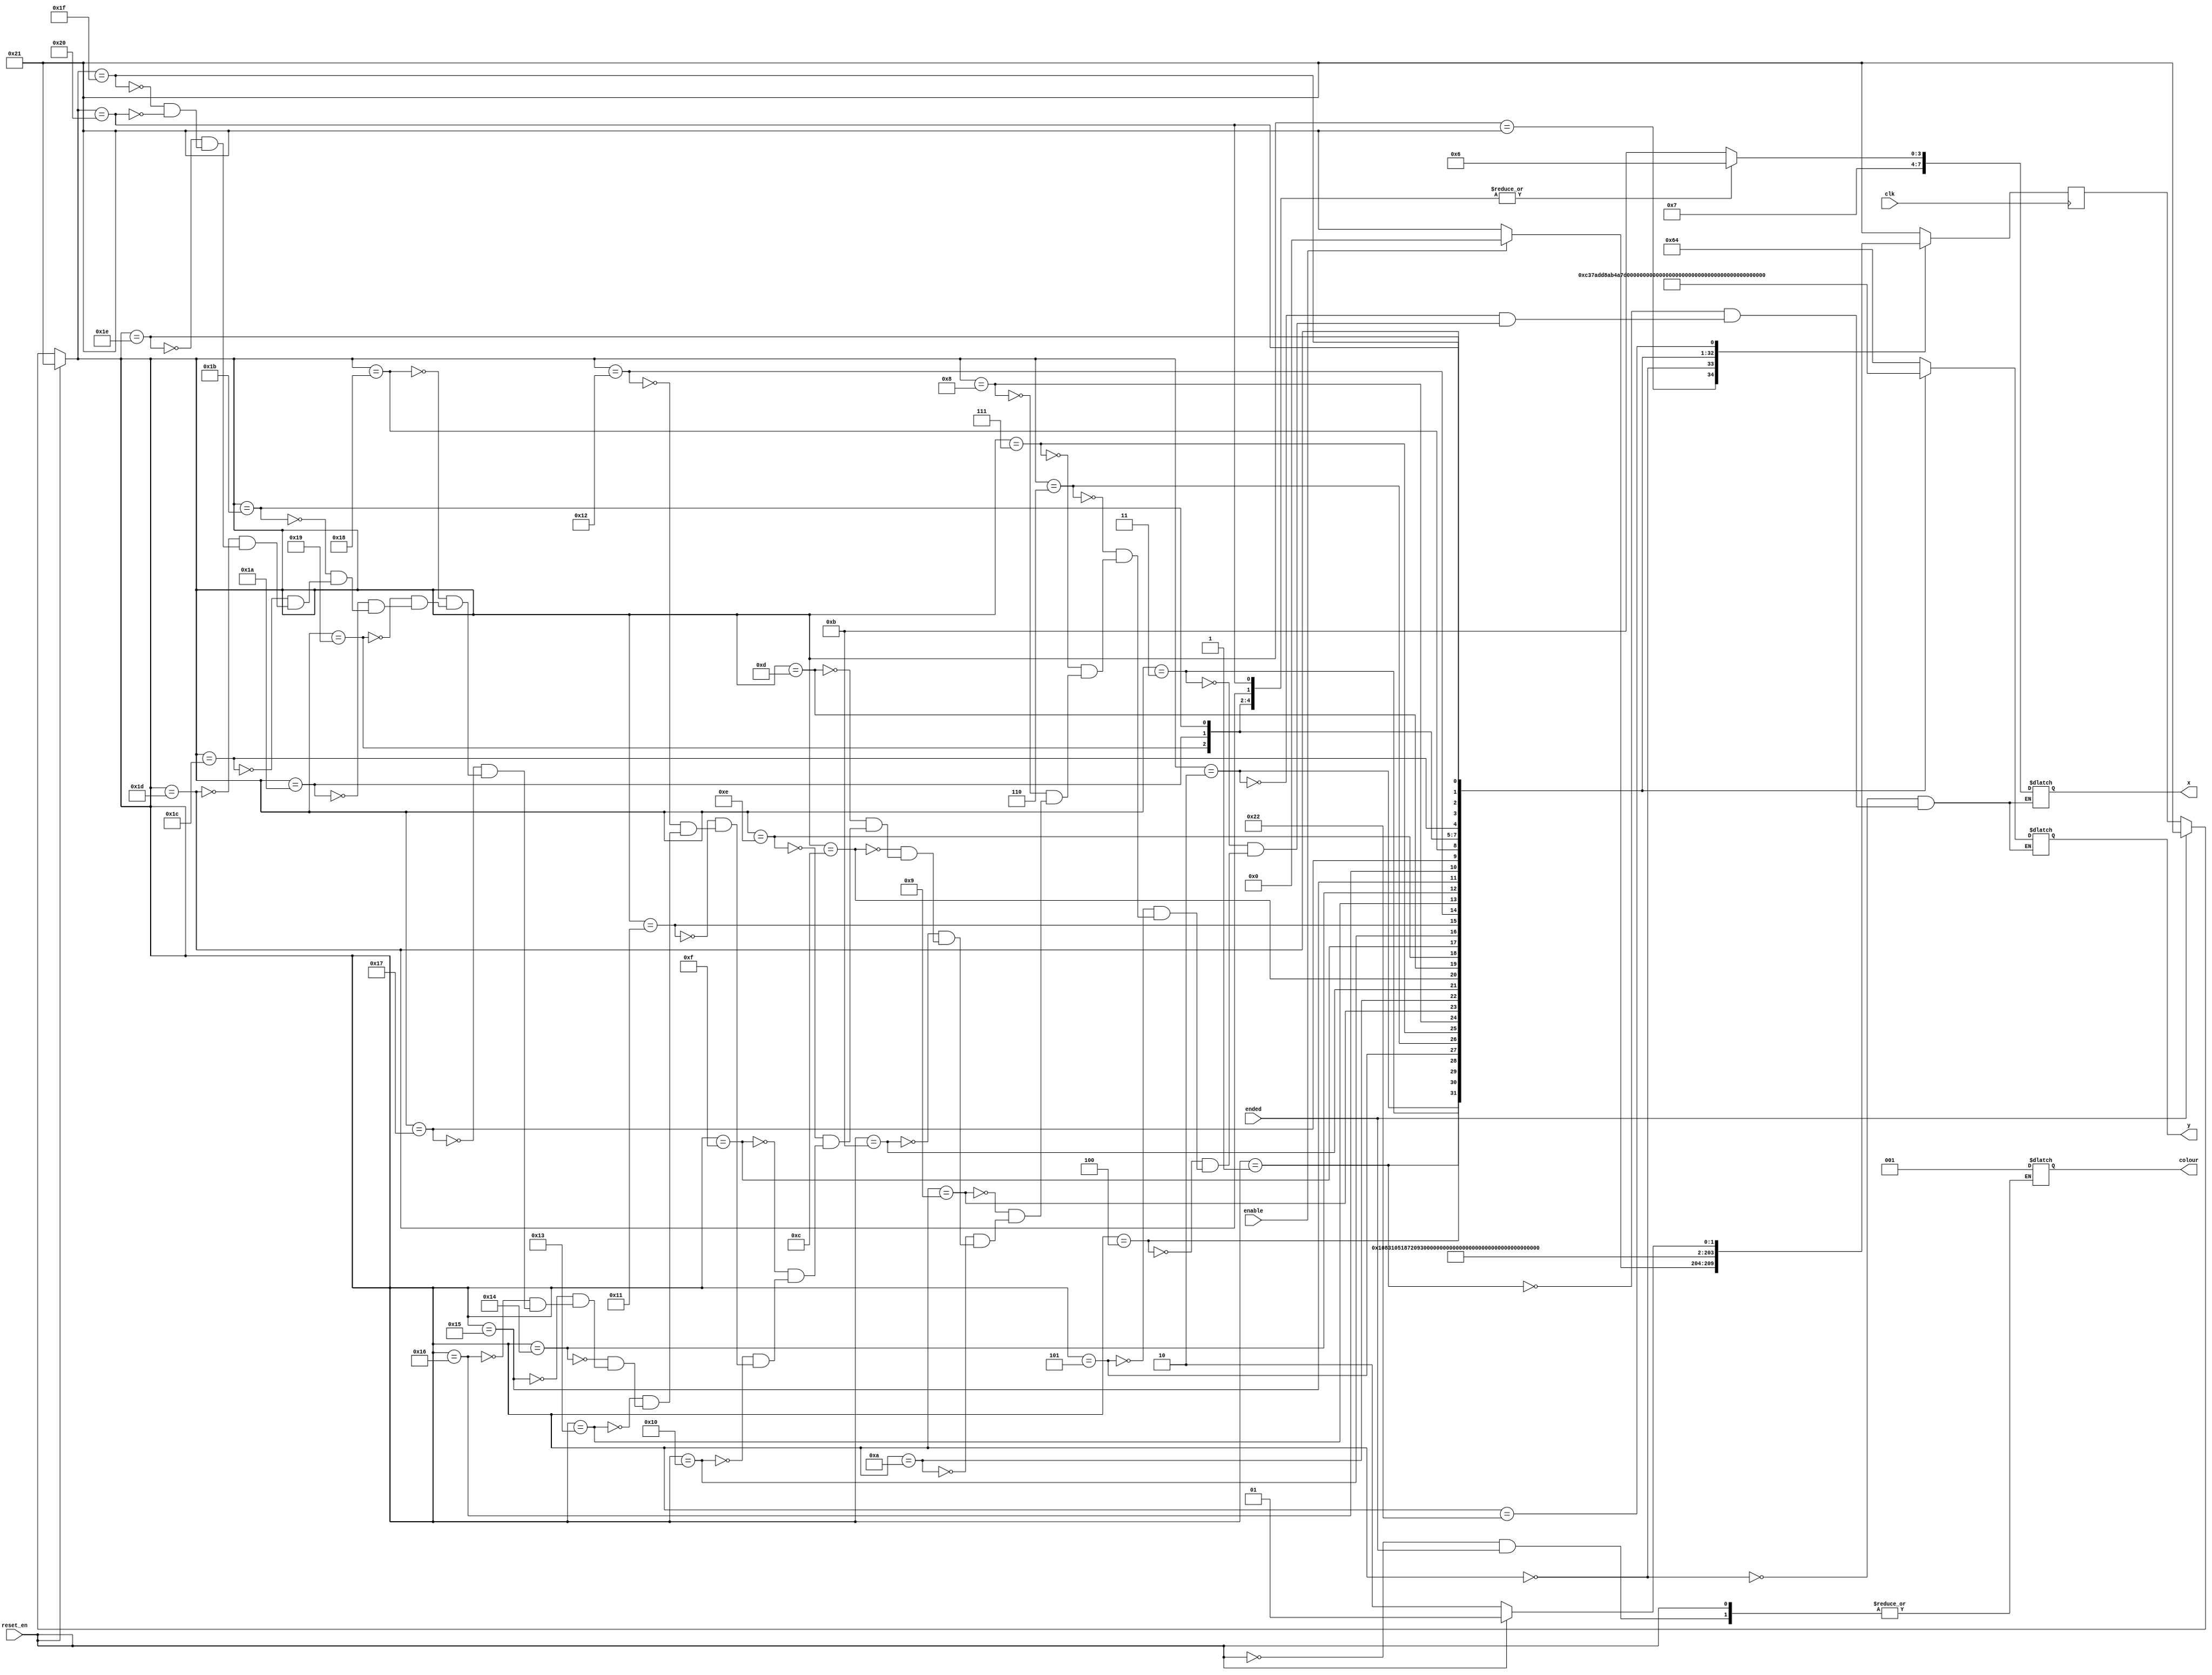
module plot_cpu(
  input clk,  // cpu counter
  input enable,  // check if game started
  input ended,  // whether either cpu or player finished the game
  input reset_en,  // resets to bottom of pole
  output reg [7:0] x,
  output reg [6:0] y,
  output reg [2:0] colour
);

  reg [5:0] curr, next;

  localparam 	D0 = 6'd0,
  D1 = 6'd1,
  D2 = 6'd2,
  D3 = 6'd3,
  D4 = 6'd4,
  D5 = 6'd5,
  D6 = 6'd6,
  D7 = 6'd7,
  D8 = 6'd8,
  D9 = 6'd9,
  D10 = 6'd10,
  D11 = 6'd11,
  D12 = 6'd12,
  D13 = 6'd13,
  D14 = 6'd14,
  D15 = 6'd15,
  D16 = 6'd16,
  D17 = 6'd17,
  D18 = 6'd18,
  D19 = 6'd19,
  D20 = 6'd20,
  D21 = 6'd21,
  D22 = 6'd22,
  D23 = 6'd23,
  D24 = 6'd24,
  D25 = 6'd25,
  D26 = 6'd26,
  D27 = 6'd27,
  D28 = 6'd28,
  D29 = 6'd29,
  D30 = 6'd30,
  D31 = 6'd31,
  D32 = 6'd32,
  WAIT = 6'd33,
  WAIT_RESET = 6'd34;

  always@(posedge clk) begin: state_table
    case(curr)
      WAIT: next = enable ? D0 : WAIT; // stay in wait mode until the game starts and cpu advances
      D0: next = D1;
      D1: next = D2;
      D2: next = D3;
      D3: next = D4;
      D4: next = D5;
      D5: next = D6;
      D6: next = D7;
      D7: next = D8;
      D8: next = D9;
      D9: next = D10;
      D10: next = D11;
      D11: next = D12;
      D12: next = D13;
      D13: next = D14;
      D14: next = D15;
      D15: next = D16;
      D16: next = D17;
      D17: next = D18;
      D18: next = D19;
      D19: next = D20;
      D20: next = D21;
      D21: next = D22;
      D22: next = D23;
      D23: next = D24;
      D24: next = D25;
      D25: next = D26;
      D26: next = D27;
      D27: next = D28;
      D28: next = D29;
      D29: next = D30;
      D30: next = D31;
      D31: next = D32;
      D32: next = WAIT_RESET;
      WAIT_RESET: next = reset_en ? WAIT : WAIT_RESET; // stay here so that it doesn't keep cycling
      default: next = WAIT;
    endcase
  end

  // get the boxes to plot to blue
  always@(*) begin
    case(curr)
      D0: begin // start plotting the boxes from the bottom
        x <= 8'b0111_1011; // 123
        y <= 7'b110_0100; // 100
      end
      D1: begin
        x <= 8'b0111_0110; // 118
        y <= 7'b110_0001; // 97
      end
      D2: begin
        x <= 8'b0111_0110; // 118
        y <= 7'b101_1110; // 94
      end
      D3: begin
        x <= 8'b0111_1011; // 123
        y <= 7'b101_1011; // 91
      end
      D4: begin
        x <= 8'b0111_0110; // 118
        y <= 7'b101_1000; // 88
      end
      D5: begin
        x <= 8'b0111_0110; // 118
        y <= 7'b101_0101; // 85
      end
      D6: begin
        x <= 8'b0111_0110; // 118
        y <= 7'b101_0010; // 82
      end
      D7: begin
        x <= 8'b0111_1011; // 123
        y <= 7'b100_1111; // 79
      end
      D8: begin
        x <= 8'b0111_0110; // 118
        y <= 7'b100_1100; // 76
      end
      D9: begin
        x <= 8'b0111_1011; // 123
        y <= 7'b100_1001; // 73
      end
      D10: begin
        x <= 8'b0111_1011; // 123
        y <= 7'b100_0110; // 70
      end
      D11: begin
        x <= 8'b0111_0110; // 118
        y <= 7'b100_0011; // 67
      end
      D12: begin
        x <= 8'b0111_1011; // 123
        y <= 7'b100_0000; // 64
      end
      D13: begin
        x <= 8'b0111_0110; // 118
        y <= 7'b011_1101; // 61
      end
      D14: begin
        x <= 8'b0111_0110; // 118
        y <= 7'b011_1010; // 58
      end
      D15: begin
        x <= 8'b0111_1011; // 123
        y <= 7'b011_0111; // 55
      end
      D16: begin
        x <= 8'b0111_1011; // 123
        y <= 7'b011_0100; // 52
      end
      D17: begin
        x <= 8'b0111_0110; // 118
        y <= 7'b011_0001; // 49
      end
      D18: begin
        x <= 8'b0111_1011; // 123
        y <= 7'b010_1110; // 46
      end
      D19: begin
        x <= 8'b0111_1011; // 123
        y <= 7'b010_1011; // 43
      end
      D20: begin
        x <= 8'b0111_1011; // 123
        y <= 7'b010_1000; // 40
      end
      D21: begin
        x <= 8'b0111_0110; // 118
        y <= 7'b010_0101; // 37
      end
      D22: begin
        x <= 8'b0111_1011; // 123
        y <= 7'b010_0010; // 34
      end
      D23: begin
        x <= 8'b0111_0110; // 118
        y <= 7'b001_1111; // 31
      end
      D24: begin
        x <= 8'b0111_1011; // 123
        y <= 7'b001_1100; // 28
      end
      D25: begin
        x <= 8'b0111_0110; // 118
        y <= 7'b001_1001; // 25
      end
      D26: begin
        x <= 8'b0111_0110; // 118
        y <= 7'b001_0110; // 22
      end
      D27: begin
        x <= 8'b0111_0110; // 118
        y <= 7'b001_0011; // 19
      end
      D28: begin
        x <= 8'b0111_1011; // 123
        y <= 7'b001_0000; // 16
      end
      D29: begin
        x <= 8'b0111_0110; // 118
        y <= 7'b000_1101; // 13
      end
      D30: begin
        x <= 8'b0111_1011; // 123
        y <= 7'b000_1010; // 10
      end
      D31: begin
        x <= 8'b0111_1011; // 123
        y <= 7'b000_0111; // 7
      end
      D32: begin
        x <= 8'b0111_0110; // 118
        y <= 7'b000_0100; // 4
      end
    endcase
  end

  always@(*) begin
    if (reset_en) curr <= WAIT; // stay in wait if reset is off
    else if (ended) curr <= WAIT; // if either player or cpu finished then go back to the start
    else begin
      curr <= next; // otherwise go to next state
      colour <= 3'b001; // colour of cpu box
    end
  end

endmodule